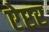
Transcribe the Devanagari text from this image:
ऐप्टर